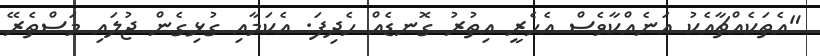
"އެތަކެއްޗާއެކު އަނެއްކާވެސް އެހެރީ އިތުރު ގޮނޑެއް ހެދިފަ. އެކަމާއި ގުޅިގެން ޖުލައި މަސްތެރޭ